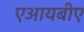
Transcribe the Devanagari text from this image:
एआयबीए